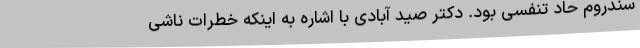
سندروم حاد تنفسی بود. ‌دکتر صید آبادی با اشاره به اینکه خطرات ناشی